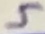
Text: 5